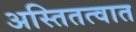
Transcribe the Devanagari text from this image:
अस्तितत्वात